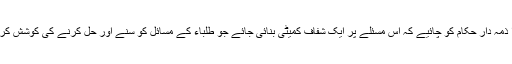
لہذا ذمہ دار حکام کو چائیے کہ اس مسئلے پر ایک شفاف کمیٹی بنائی جائے جو طلباء کے مسائل کو سنے اور حل کرنے کی کوشش کرے۔